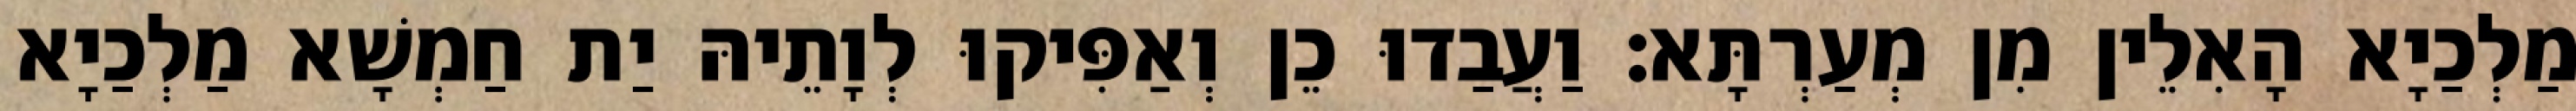
מַלְכַיָא הָאִלֵין מִן מְעַרְתָּא׃ וַעֲבַדוּ כֵן וְאַפִּיקוּ לְוָתֵיהּ יַת חַמְשָׁא מַלְכַיָא